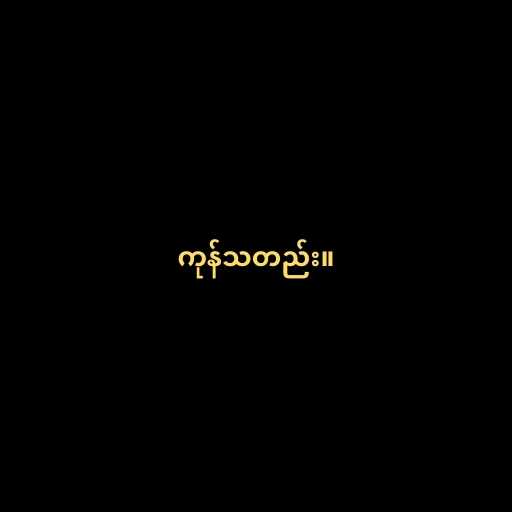
ကုန်သတည်း။